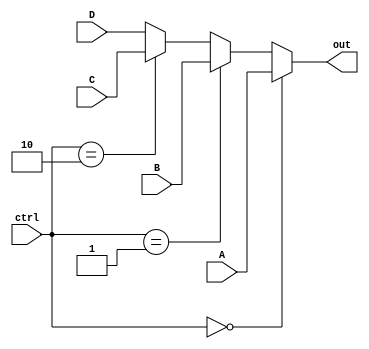
module mux4to1(A,B,C,D,out,ctrl);
parameter width = 32;

  input [width-1:0] A;
  input [width-1:0] B;
  input [width-1:0] C;
  input [width-1:0] D;
  input [1:0] ctrl;
  output reg [width-1:0] out;

always@(A,B,C,D,ctrl)
  if(ctrl == 2'b00) out = A;
  else if(ctrl == 2'b01) out = B;
  else if(ctrl == 2'b10) out = C;
  else out = D;

endmodule